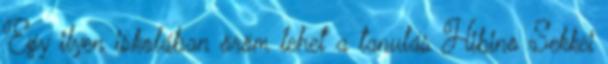
Egy ilyen iskolában öröm lehet a tanulás Hibino Sekkei